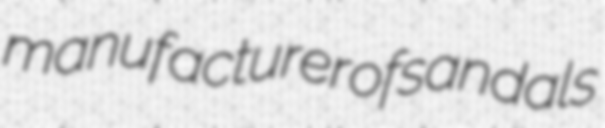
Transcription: manufacturer of sandals